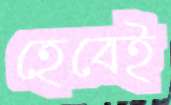
হেবেই